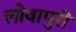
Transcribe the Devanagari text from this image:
लोवापुरी